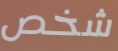
شخص